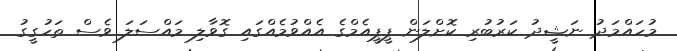
މުހައްމަދު ނަޝީދު ކަރުބުރި ކޮށްލަން ޕީޕީއެމްގެ އެއްވުމެއްގައި ގޮވާލި މައްސަލަ ވެސް ތަހުގީގު